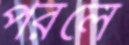
পরলে